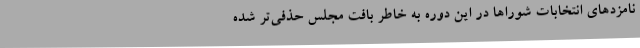
نامزدهای انتخابات شوراها در این دوره به خاطر بافت مجلس حذفی‌تر شده